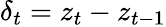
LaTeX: \delta_{t}=z_{t}-z_{t-1}